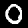
Digit: 0